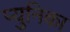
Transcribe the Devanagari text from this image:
प्युनिका